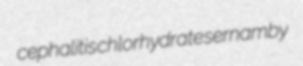
cephalitis chlorhydrate sernamby